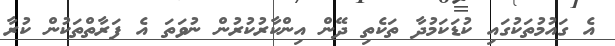
އެ ގައުމުތަކުގައި ކުޑަކަމުދާ ތަކެތި ދޭން އިންކާރުކުރުން ނުވަތަ އެ ފަރާތްތަކުން ކުރާ